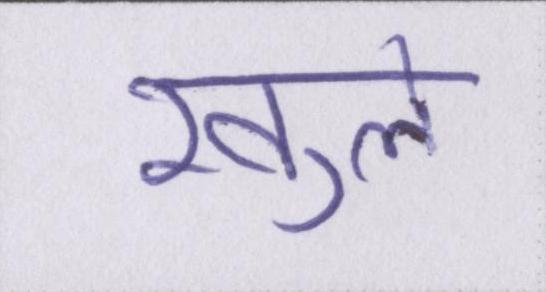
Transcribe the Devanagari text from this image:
खुले